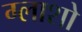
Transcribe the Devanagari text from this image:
ग्लाशो